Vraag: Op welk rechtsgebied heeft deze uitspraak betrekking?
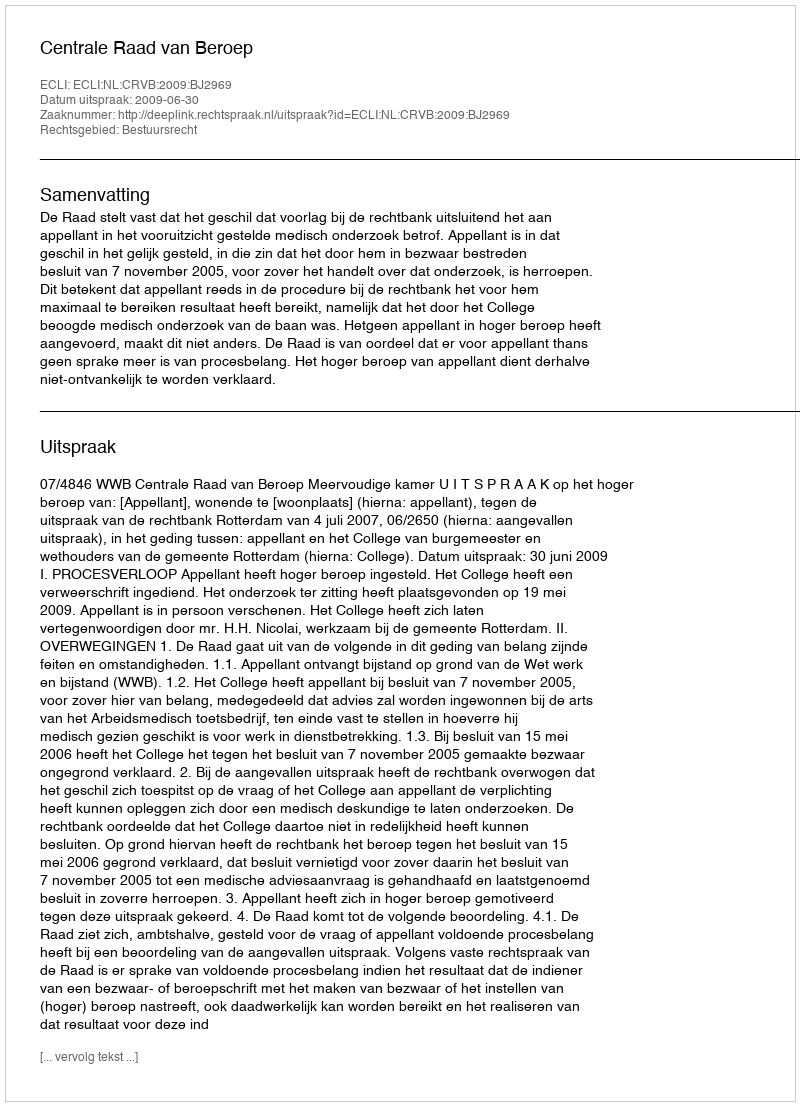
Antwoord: Bestuursrecht